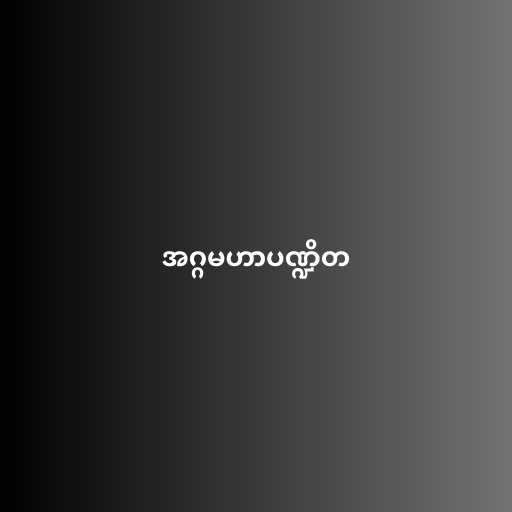
အဂ္ဂမဟာပဏ္ဍိတ